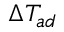
\Delta T _ { a d }